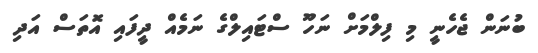
ބުނަން ޖެހެނީ މި ފިލްމަށް ނަހޫ ސްޓައިލްގެ ނަމެއް ދީފައި އޮތަސް އަދި